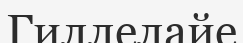
Гиллелайе